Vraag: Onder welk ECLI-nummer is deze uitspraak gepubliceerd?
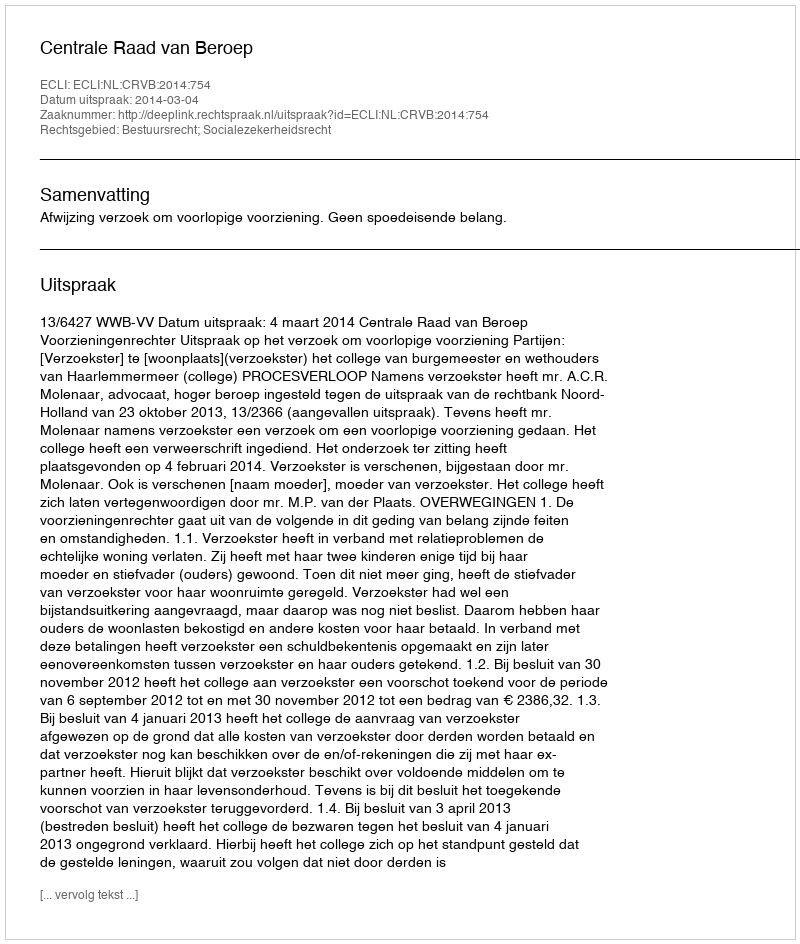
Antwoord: ECLI:NL:CRVB:2014:754